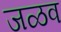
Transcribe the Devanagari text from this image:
जळव